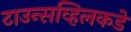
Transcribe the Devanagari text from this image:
टाउन्सव्हिलकडे